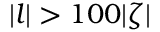
| l | > 1 0 0 | \zeta |